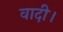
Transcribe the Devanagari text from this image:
वादी।